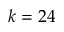
k = 2 4